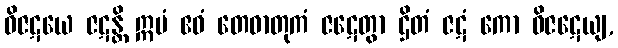
ဝိဇဋယေ ဇဋန္တိ ဣမံ ဧဝံ တေဓာတုကံ ဇဋေတွာ ဌိတံ ဇဋံ ကော ဝိဇဋေယျ,